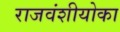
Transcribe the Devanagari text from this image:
राजवंशीयोका